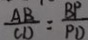
\frac { A B } { C D } = \frac { B P } { P D }